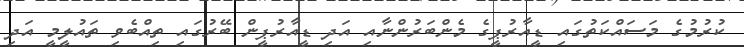
ކުރުމުގެ މަސައްކަތުގައި ޑީއާރުޕީގެ މެންބަރުންނާއި އަދި ޑީއާރުޕީން ބޭރުގައި ތިއްބެވި ތައުލީމީ އަދި